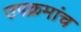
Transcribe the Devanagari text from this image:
उपक्रमांच